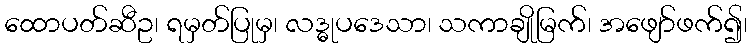
ထောပတ်ဆီဥ၊ ရမှတ်ပြုမှ၊ လဒ္ဓုပဒေသာ၊ သကာချိုမြက်၊ အဖျော်ဖက်၍၊